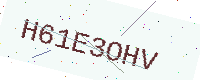
Text: H61E3OHV